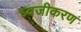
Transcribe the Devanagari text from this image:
ध्वजीकरण